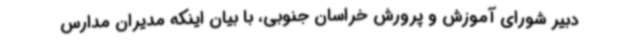
دبیر شورای آموزش و پرورش خراسان جنوبی، با بیان اینکه مدیران مدارس